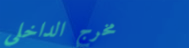
مخرج الداخلي